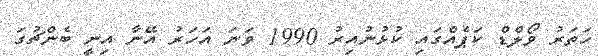
ހަތަރު ވޯލްޑް ކަޕެއްގައި ކުޅުނުއިރު 1990 ވަނަ އަހަރު އޭނާ އިނީ ބެންޗުގަ